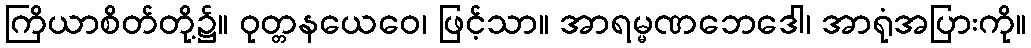
ကြိယာစိတ်တို့၌။ ဝုတ္တနယေဝေ၊ ဖြင့်သာ။ အာရမ္မဏဘေဒေါ၊ အာရုံအပြားကို။